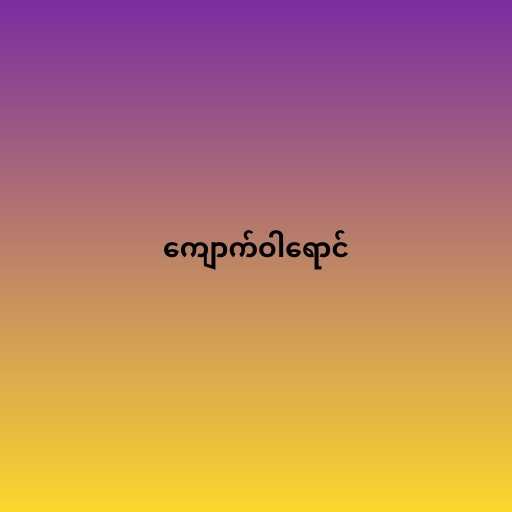
ကျောက်ဝါရောင်